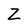
Character: Z